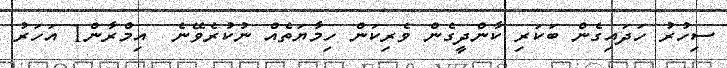
ސިހުރު ހަދައިގެން ބަކަރި ކާންދީގެން ވެރިކަން ހިމާޔަތެއް ނުކުރެވޭނެ  އިމްރާން1 އަހަރު